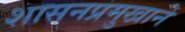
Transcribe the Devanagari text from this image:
शासनप्रमुखाने